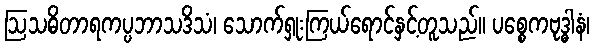
ဩသဓိတာရကပ္ပဘာသဒိသံ၊ သောက်ရှုးကြယ်ရောင်နှင့်တူသည်။ ပစ္စေကဗုဒ္ဓါနံ၊